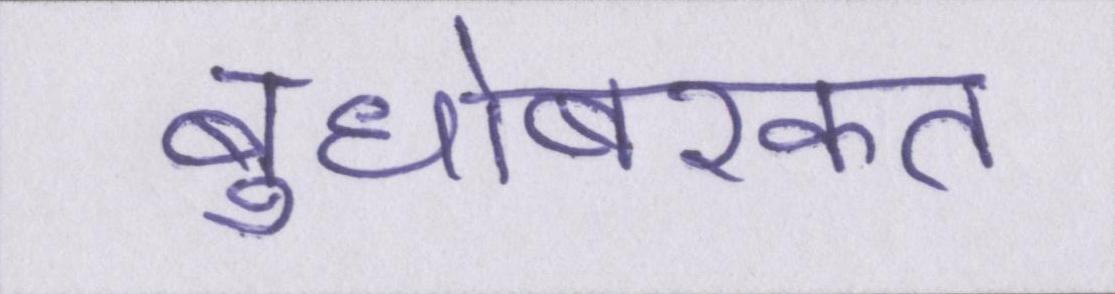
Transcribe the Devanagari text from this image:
बुधोबरकत